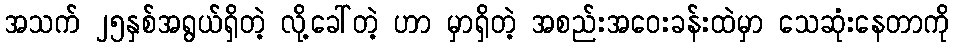
အသက် ၂၅နှစ်အရွယ်ရှိတဲ့ လို့ခေါ်တဲ့ ဟာ မှာရှိတဲ့ အစည်းအဝေးခန်းထဲမှာ သေဆုံးနေတာကို